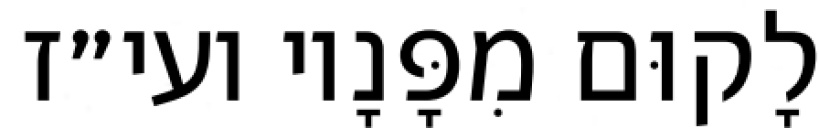
לָקוּם מִפָּנָיו ועי״ז